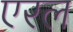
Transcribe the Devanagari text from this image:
एरल